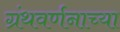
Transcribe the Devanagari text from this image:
ग्रंथवर्णनाच्या